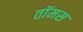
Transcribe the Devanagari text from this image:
तॉमस